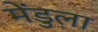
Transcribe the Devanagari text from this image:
मेंडुला